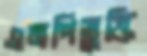
এমপিভুক্তি